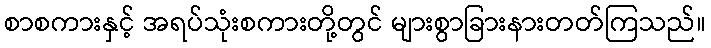
စာစကားနှင့် အရပ်သုံးစကားတို့တွင် များစွာခြားနားတတ်ကြသည်။